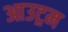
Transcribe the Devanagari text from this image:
आउट्रम